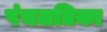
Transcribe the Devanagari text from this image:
पंचलतिका